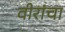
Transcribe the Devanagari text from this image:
वीरांचा